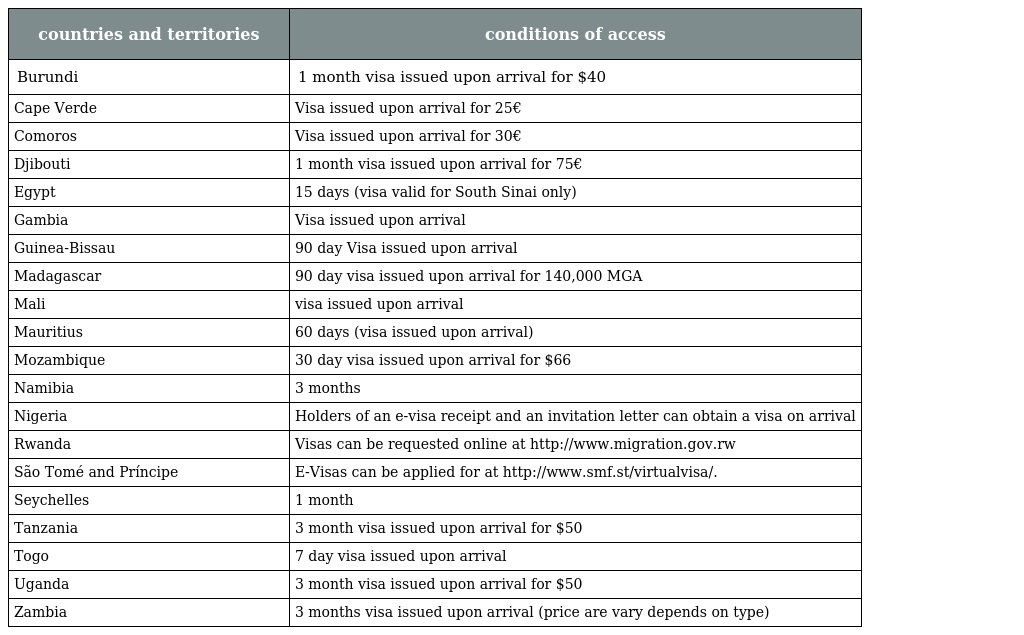
| countries and territories | conditions of access |
 | --- | --- |
 | Burundi | 1 month visa issued upon arrival for $40 |
 | Cape Verde | Visa issued upon arrival for 25€ |
 | Comoros | Visa issued upon arrival for 30€ |
 | Djibouti | 1 month visa issued upon arrival for 75€ |
 | Egypt | 15 days (visa valid for South Sinai only) |
 | Gambia | Visa issued upon arrival |
 | Guinea-Bissau | 90 day Visa issued upon arrival |
 | Madagascar | 90 day visa issued upon arrival for 140,000 MGA |
 | Mali | visa issued upon arrival |
 | Mauritius | 60 days (visa issued upon arrival) |
 | Mozambique | 30 day visa issued upon arrival for $66 |
 | Namibia | 3 months |
 | Nigeria | Holders of an e-visa receipt and an invitation letter can obtain a visa on arrival |
 | Rwanda | Visas can be requested online at http://www.migration.gov.rw |
 | São Tomé and Príncipe | E-Visas can be applied for at http://www.smf.st/virtualvisa/. |
 | Seychelles | 1 month |
 | Tanzania | 3 month visa issued upon arrival for $50 |
 | Togo | 7 day visa issued upon arrival |
 | Uganda | 3 month visa issued upon arrival for $50 |
 | Zambia | 3 months visa issued upon arrival (price are vary depends on type) |